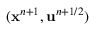
( \mathbf { x } ^ { n + 1 } , \mathbf { u } ^ { n + 1 / 2 } )